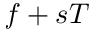
f + s T